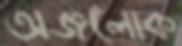
অজ্ঞলোক